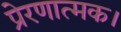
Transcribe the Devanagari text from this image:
प्रेरणात्मक।